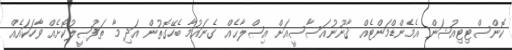
ކޮންސްޓިޓިއުޝަން އެމެންޑްމަންޓެއް ޤާނޫނުއަސާސީއަށް އިޞްލާޙެއް ގެނައުމާ ބެހޭގޮތުން އަދި މާ ތަފުޞީލުކޮށެއް ވާހަކައެއް